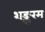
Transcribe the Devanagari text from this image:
शङ्करम्